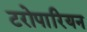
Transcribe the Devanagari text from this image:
टरोपारियन